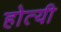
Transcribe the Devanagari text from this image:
होत्यी